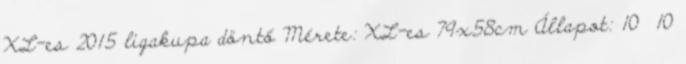
XL-es 2015 ligakupa döntő Mérete: XL-es 79x58cm Állapot: 10 10